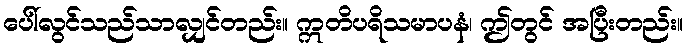
ပေါ်လွင်သည်သာလျှင်တည်း။ ဣတိပရိသမာပနံ၊ ဤတွင် အပြီးတည်း။